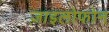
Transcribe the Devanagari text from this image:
ज़ाइलोफोन